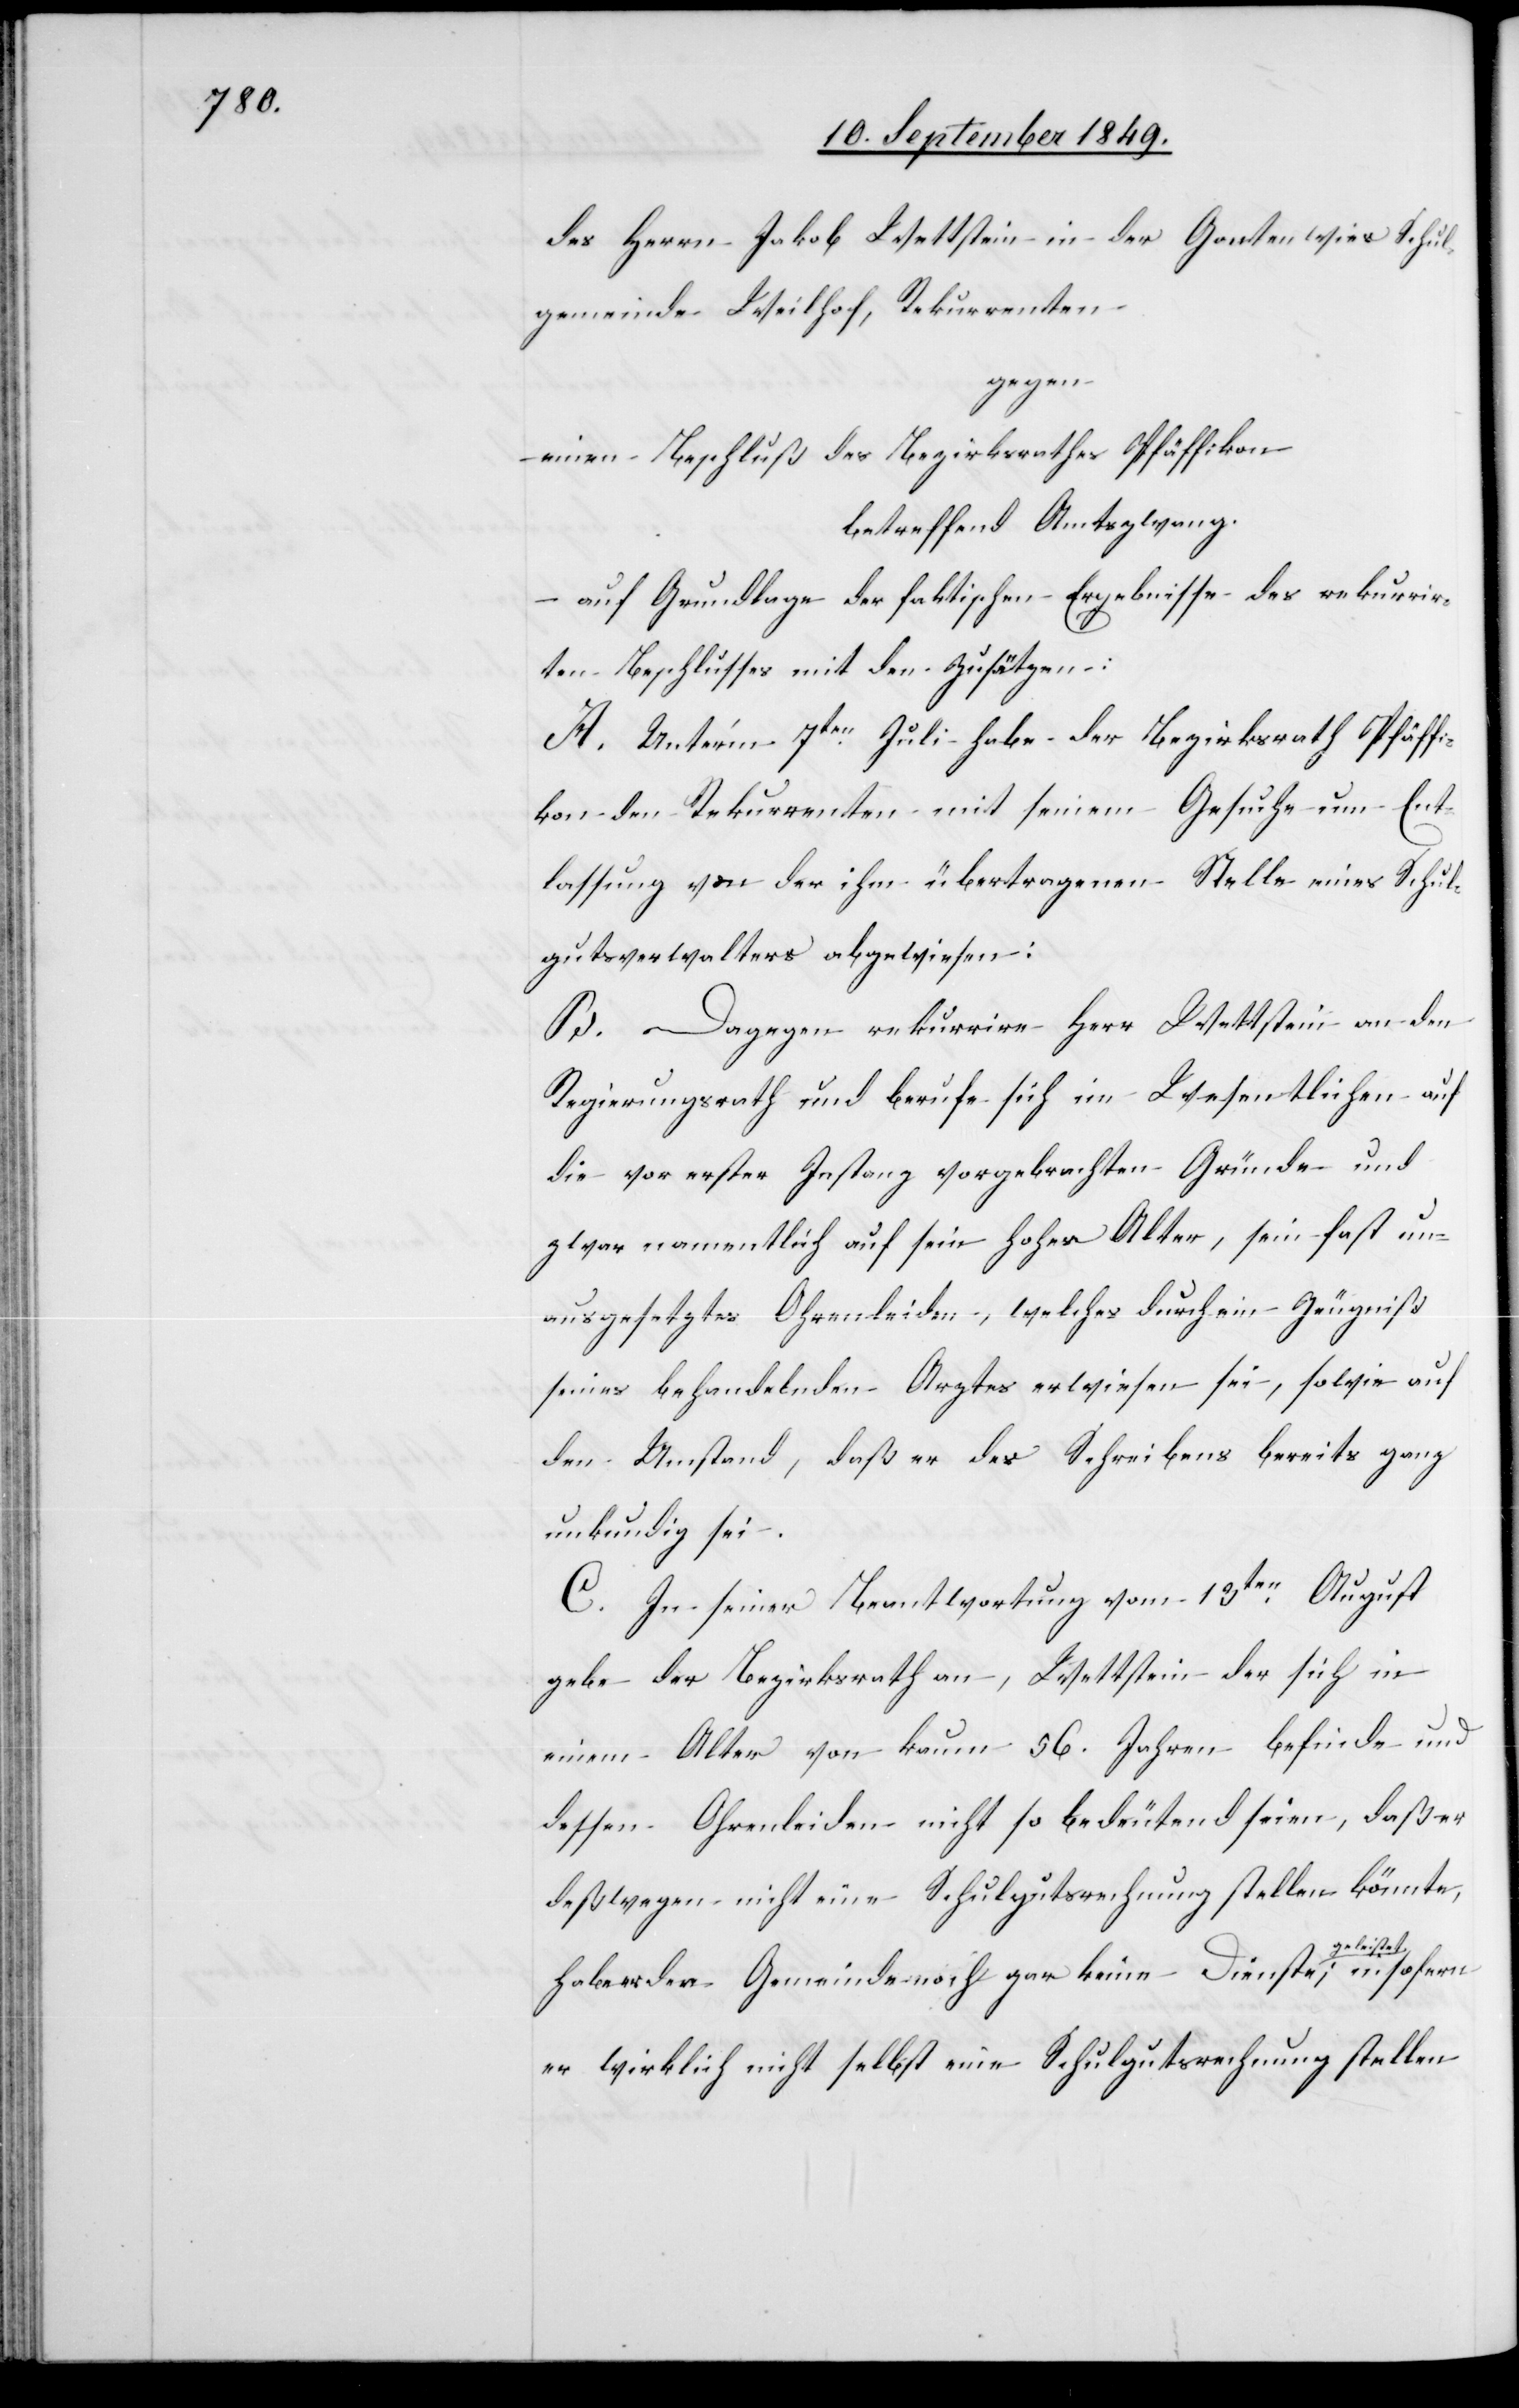
des Herrn Jakob Wettstein in der Gantenwies Schul¬
gemeinde Weilhof, Rekurrenten
gegen
einen Beschluß des Bezirksrathes Pfäffikon
betreffend Amtszwang
auf Grundlage der faktischen Ergebnisse des rekurrir¬
ten Beschlusses mit den Zusätzen:
A. Unterm 7ten Juli habe der Bezirksrath Pfäffi¬
kon den Rekurrenten mit seinem Gesuche um Ent¬
lassung von der ihm übertragenen Stelle eines Schul¬
gutsverwalters abgewiesen:
B. Dagegen rekurrire Herr Wettstein an den
Regierungsrath und berufe sich im Wesentlichen auf
die vor erster Instanz vorgebrachten Gründe und
zwar namentlich auf sein hohes Alter, sein fast un¬
ausgesetztes Ohrenleiden, welches durch ein Zeugniß
seines behandelnden Arztes erwiesen sei, sowie auf
den Umstand, daß er des Schreibens bereits ganz
unkundig sei.
C. In seiner Beantwortung vom 13ten August
gebe der Bezirksrath an, Wettstein der sich in
einem Alter von kaum 56. Jahren befinde und
dessen Ohrenleiden nicht so bedeutend seien, daß er
deßwegen nicht eine Schulgutsrechnung stellen könnte,
leistet-a;
habe er der Gemeinde noch gar keine Dienste a-ge¬
er wirklich nicht selbst eine Schulgutsrechnung stellen